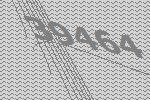
39464